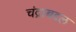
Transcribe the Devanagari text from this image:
चंद्राबद्दल